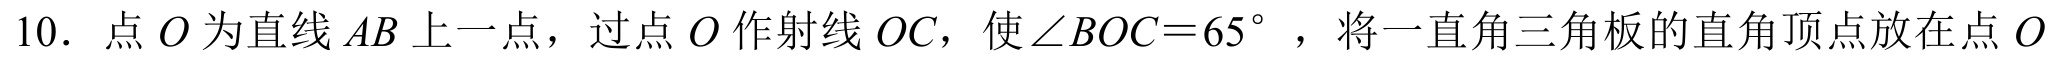
10. 点 \(O\) 为直线 \(AB\) 上一点，过点 \(O\) 作射线 \(OC\)，使\(\angle BOC = 65^{\circ}\)，将一直角三角板的直角顶点放在点 \(O\)